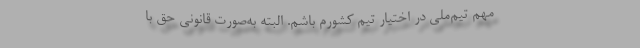
مهم تیم‌ملی در اختیار تیم کشورم باشم. البته به‌صورت قانونی حق با